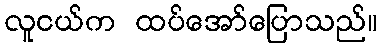
လူငယ်က ထပ်အော်ပြောသည်။